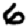
Digit: 6